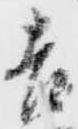
吉